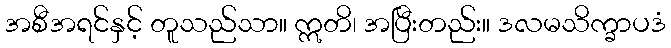
အစီအရင်နှင့် တူသည်သာ။ ဣတိ၊ အပြီးတည်း။ ဒလမသိက္ခာပဒံ